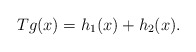
\begin{align*} Tg(x)= h_{1}(x)+h_{2}(x). \end{align*}